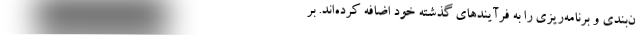
ن‌بندی و برنامه‌ریزی را به فرآیندهای گذشته خود اضافه کرده‌اند. بر